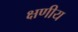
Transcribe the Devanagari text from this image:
क्षणीय